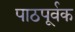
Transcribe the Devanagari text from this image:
पाठपूर्वक